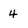
Character: 4